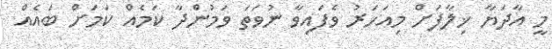
މީ އާދަޔާ ޚިލާފަށް މިއަހަރު ވެފައިވާ ނުވަތަ ވަމުންދާ ކަމެއް ކަމަށް ބައެއް